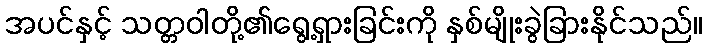
အပင်နှင့် သတ္တဝါတို့၏ရွေ့ရှားခြင်းကို နှစ်မျိုးခွဲခြားနိုင်သည်။